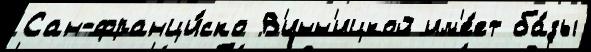
Сан-франци́ско В'инн'ицкой им'е́ет ба́зы